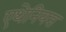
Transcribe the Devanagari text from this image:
एथेनियस